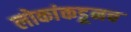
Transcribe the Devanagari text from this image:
लोकांकडूनच